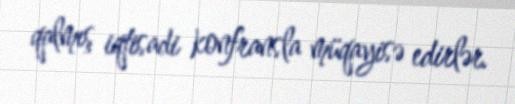
qalmış iqtisadi konfransla müqayisə edirlər.